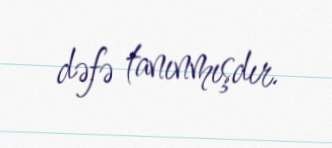
dəfə tanınmışdır.